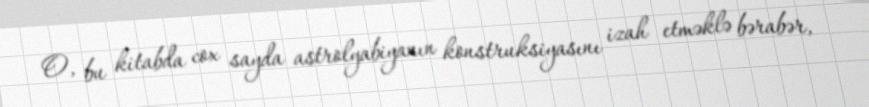
O, bu kitabda cox sayda astrolyabiyanın konstruksiyasını izah etməklə bərabər,